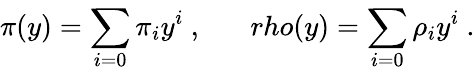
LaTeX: \pi(y)=\sum_{i=0}^{}{\pi}_{i}y^{i}\ ,\ \ \ \ \ \ \, rho(y)=\sum_{i=0}^{}{\rho}_{i}y^{i}\ .